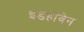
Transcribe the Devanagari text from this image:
इंडहोवेन